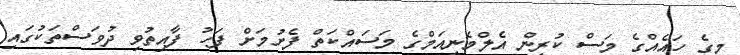
މީގެ ހައެއްގެ މަސް ކުރިން އެލްމެނިއަމްގެ މަސައްކަތް ފެށުމަށް ފަހު ފާއިތުވި ދުވަސްތަކުގައި